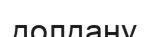
долдану